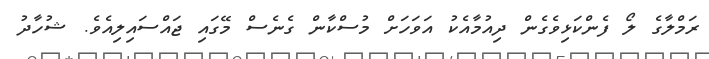
ރަމްލާގެ ލޯ ފެންކަޅިވެގެން ދިއުމާއެކު އަވަހަށް މުސްކާން ގެނެސް މޭގައި ޖައްސައިލިއެވެ. ޝުހާދު